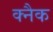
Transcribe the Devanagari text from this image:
क्नैक